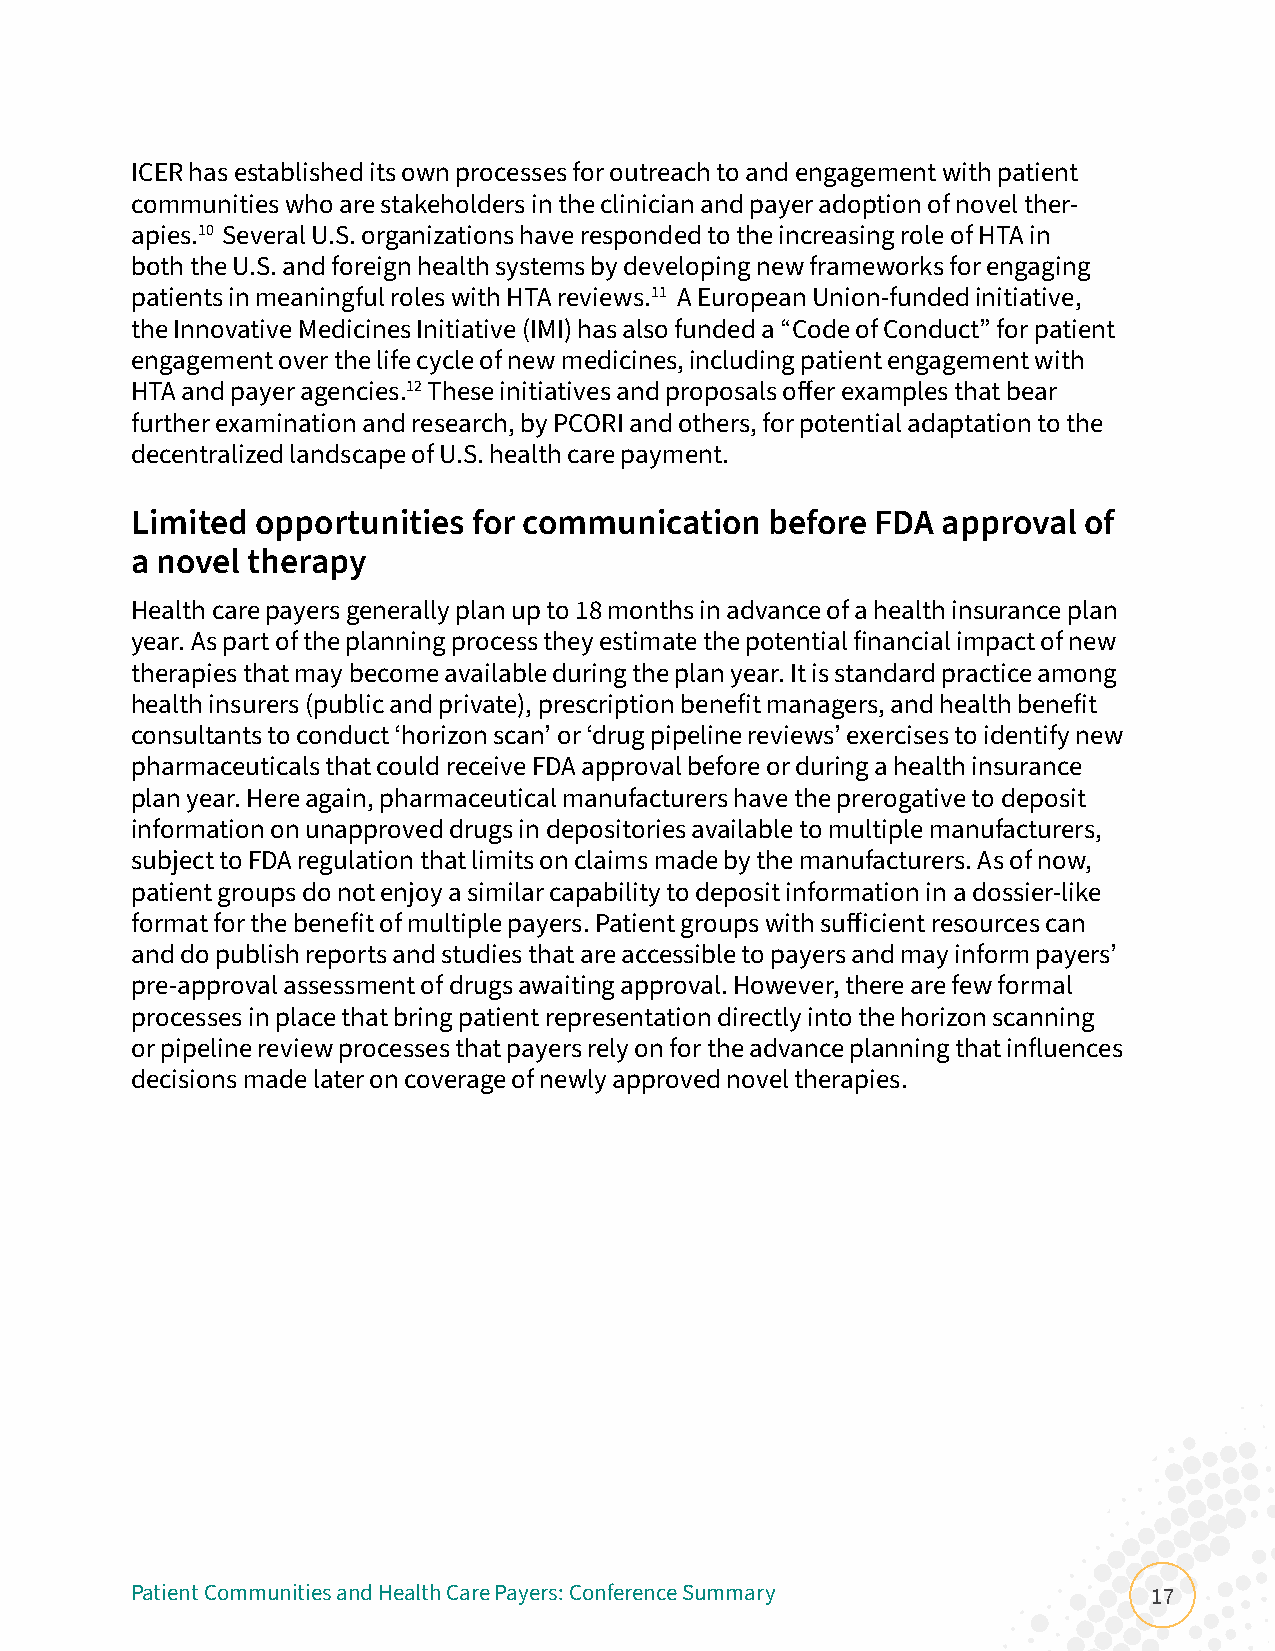
ICER has established its own processes for outreach to and engagement with patient
 communities who are stakeholders in the clinician and payer adoption of novel ther-
 apies.10 Several U.S. organizations have responded to the increasing role of HTA in
 both the U.S. and foreign health systems by developing new frameworks for engaging
 patients in meaningful roles with HTA reviews.11 A European Union-funded initiative,
 the Innovative Medicines Initiative (IMI) has also funded a “Code of Conduct” for patient
 engagement over the life cycle of new medicines, including patient engagement with
 HTA and payer agencies.12 These initiatives and proposals offer examples that bear
 further examination and research, by PCORI and others, for potential adaptation to the
 decentralized landscape of U.S. health care payment.
 Limited opportunities for communication   before FDA approval  of
 a novel therapy
 Health care payers generally plan up to 18 months in advance of a health insurance plan
 year. As part of the planning process they estimate the potential financial impact of new
 therapies that may become available during the plan year. It is standard practice among
 health insurers (public and private), prescription benefit managers, and health benefit
 consultants to conduct ‘horizon scan’ or ‘drug pipeline reviews’ exercises to identify new
 pharmaceuticals that could receive FDA approval before or during a health insurance
 plan year. Here again, pharmaceutical manufacturers have the prerogative to deposit
 information on unapproved drugs in depositories available to multiple manufacturers,
 subject to FDA regulation that limits on claims made by the manufacturers. As of now,
 patient groups do not enjoy a similar capability to deposit information in a dossier-like
 format for the benefit of multiple payers. Patient groups with sufficient resources can
 and do publish reports and studies that are accessible to payers and may inform payers’
 pre-approval assessment of drugs awaiting approval. However, there are few formal
 processes in place that bring patient representation directly into the horizon scanning
 or pipeline review processes that payers rely on for the advance planning that influences
 decisions made later on coverage of newly approved novel therapies.
 Patient Communities and Health Care Payers: Conference Summary     17